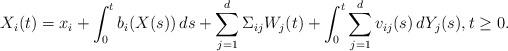
LaTeX: \begin{align*}X_i(t) = x_i + \int_0^t b_i(X(s))\,ds +\sum_{j=1}^d \Sigma_{ij} W_j(t)+ \int_0^t\sum_{j=1}^d v_{ij}(s)\, dY_j(s), t\geq 0.\end{align*}